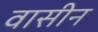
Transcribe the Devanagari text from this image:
वासीन